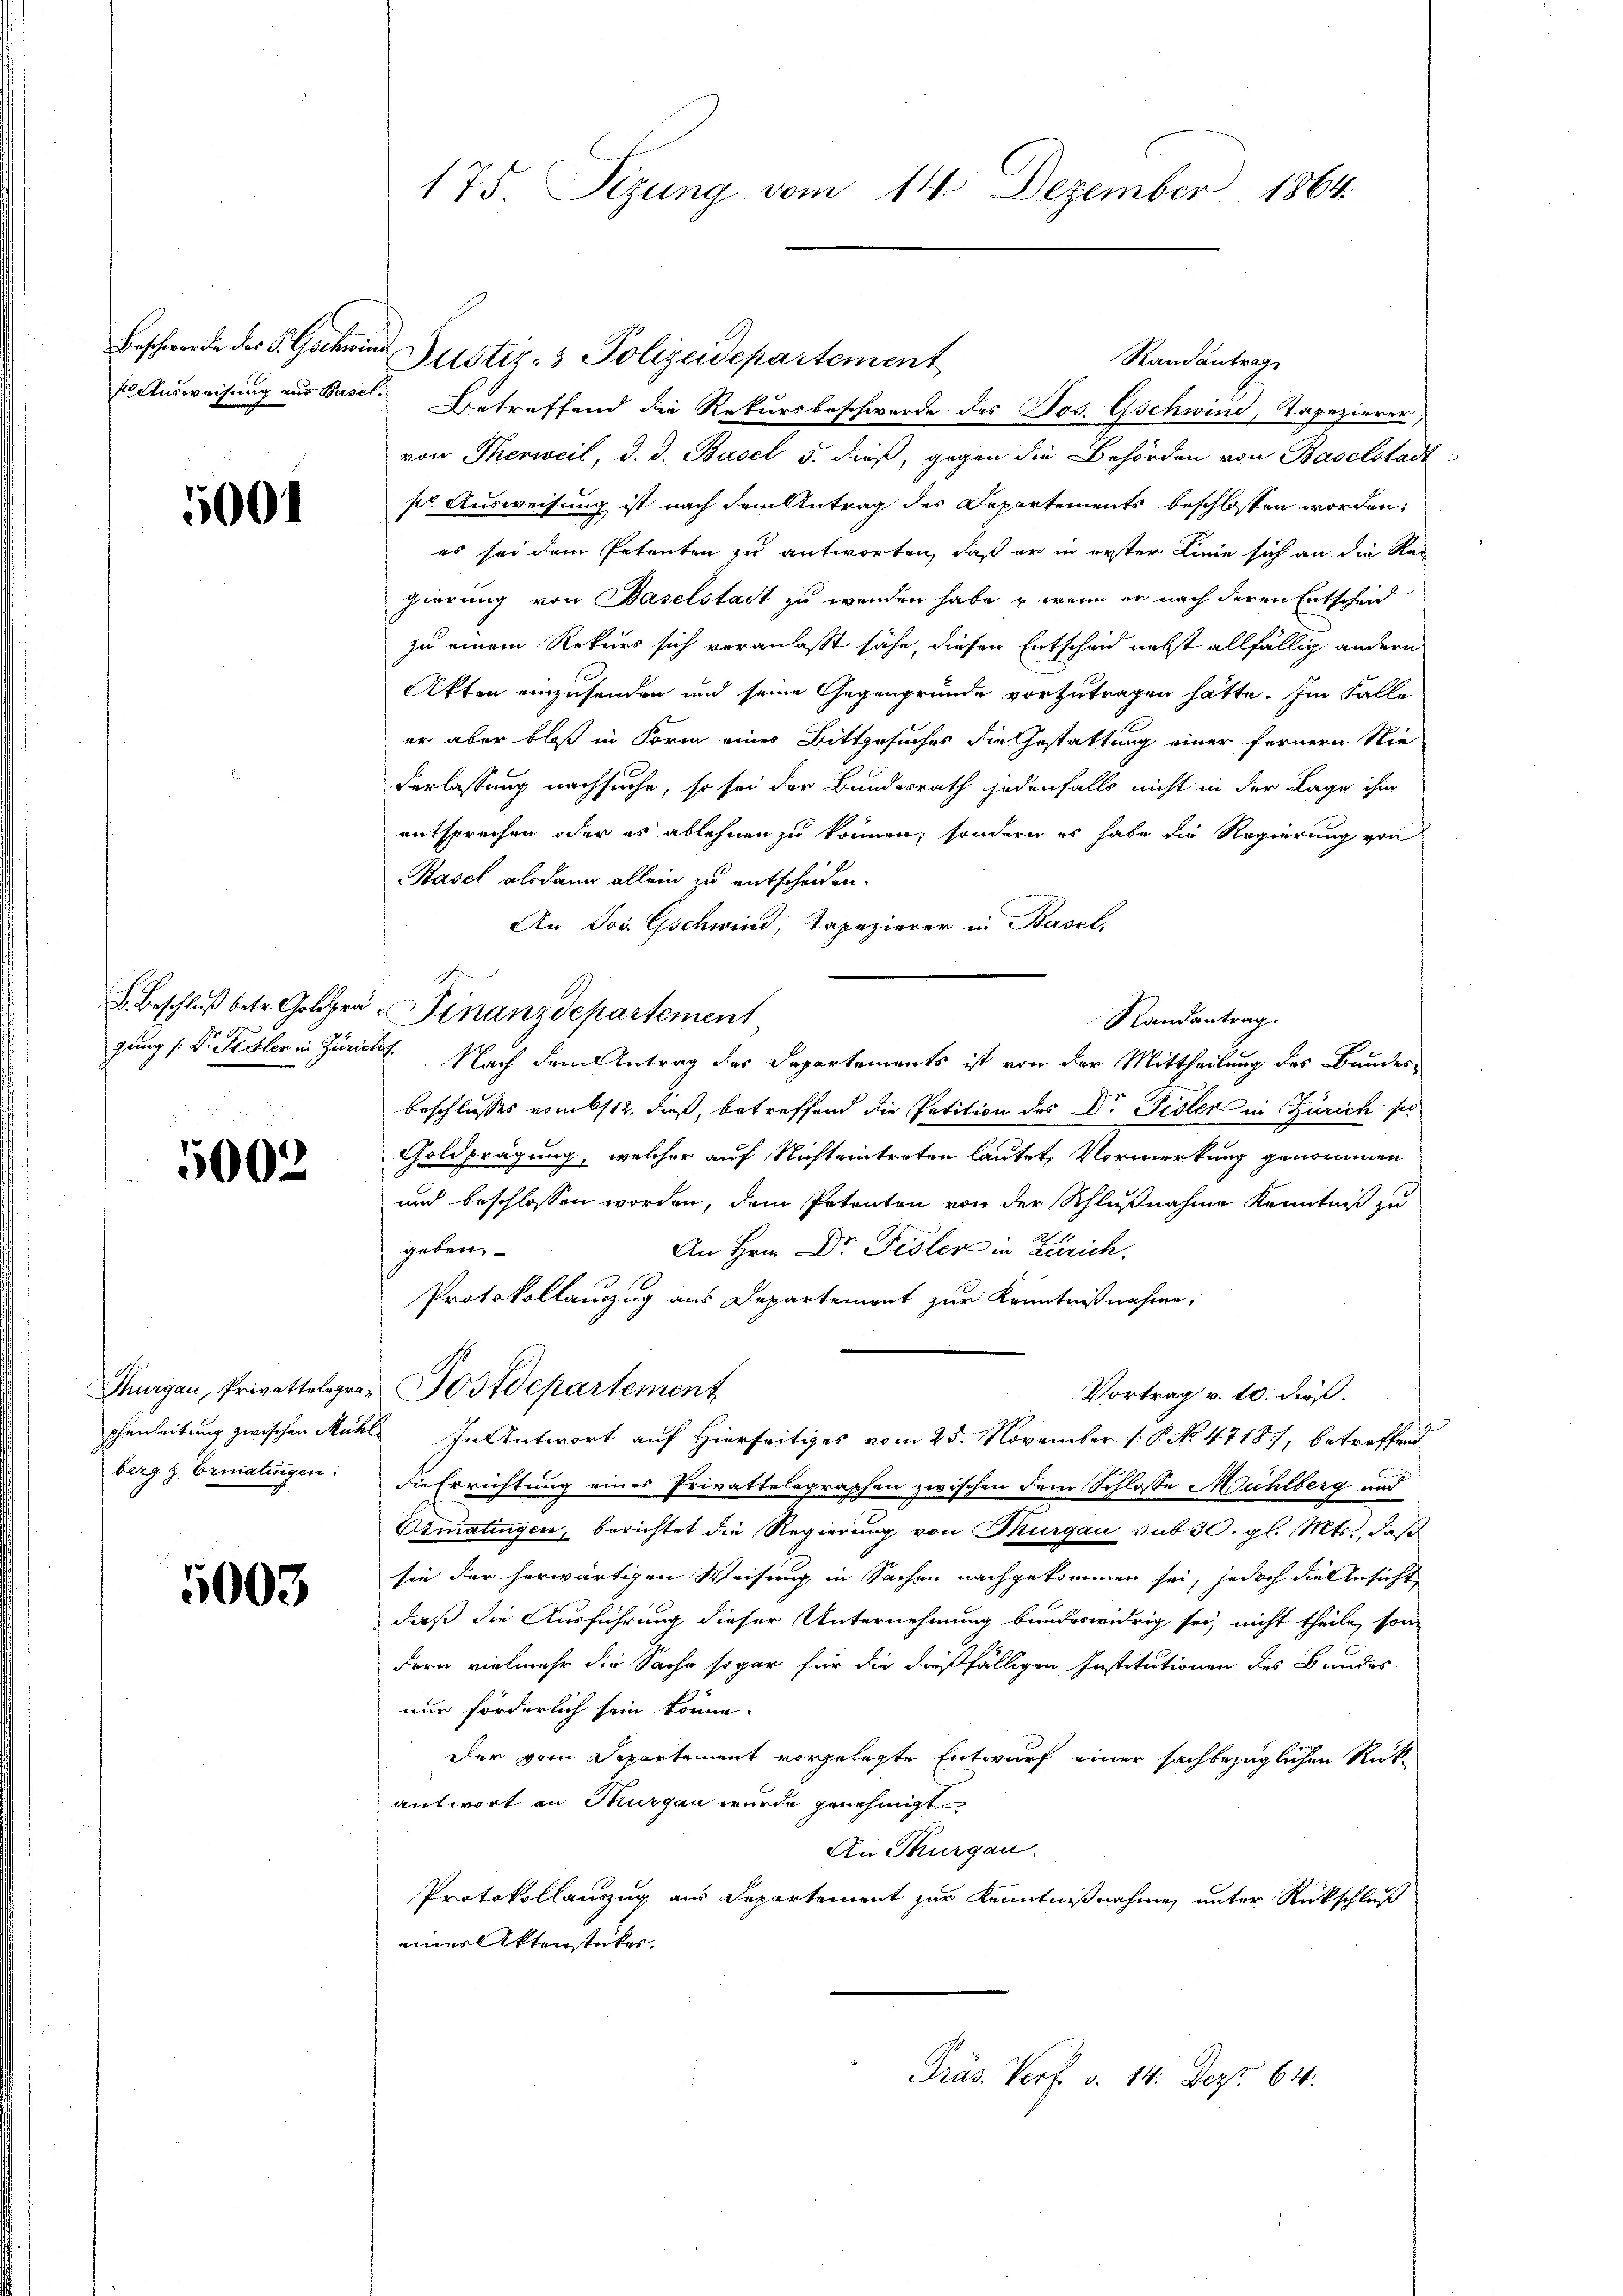
Beschwerde der S. Gothini

5001

5002

berg z. Ermatingen:

1003

175. Seizung vom 14. Dezember 1864

Justiz- & Polizeidepartement
s Ausweisung aus Basel. Betreffend die Rekursbeschwerde des Jos. Gschwind, Tapezierer
von Therweil, d. d. Basel 5. dieß, gegen die Behörden von Baselstadt-
pr. Ausweisung ist nach dem Antrag des Departements beschlossen worden:
es sei dem Petenten zu antworten, daß er in erster Linie sich an die Ra
gierung von Baselstadt zu werden habe, u wenn er nach deren Entscheid
zu einem Rekurs sich veranlaßt sähe, diesen Entscheid nebst allfällig andern
Akten einzusenden und seine Gegengründe vorzutragen hätte. Im Falle
er aber bloß in Form eines Bittgesuches die Gestattung einer fernern Nie-
Verlassung nachsuche, so sei der Bundesrath jedenfalls nicht in der Lage ihm
entsprechen oder es ablehnen zu können, sondern es habe die Regierung von
Basel alsdann allein zu entscheiden.
An Jos. Gschwind, Tapezierer in Basel,
Randantrag
gung s. Dr. Fessler in Zürich Nach dem Antrag des Departements ist von der Mittheilung des Bundes
beschlusses vom 6/12. dieß, betreffend die Petition des Dr. Pedler in Zürich se
Goldprägung, welcher auf Nichteintreten lautet, Vormerkung genommen
und beschlossen worden, dem Petenten von der Schlußnahme Kenntniß zu
geben.
An Hrn. Dr Fisler in Zürich.
Protokollauszug aus Departemont zur Kenntnißnahme.
Thurgau, Privattelegra Postdepartement
Vortrag v. 10. dieß.
phenleitung zwischen Mühl. In Antwort auf Hierseitiges vom 25. November P. No. 4718, betreffend
die Errichtung eines Privattelegraphen zwischen dem Schlosse Mühlberg und
Ormatingen, berichtet die Regierung von Thurgau sub 30. gl. Mts., daß
sie der herwärtigen Weisung in Sachen nachgekommen sei, jedoch die Ansicht
daß die Ausführung dieser Unternehmung bundeswidrig sei, nicht theile, sondern vielmehr die Sache sogar für die dießfälligen Institutionen des Bandes
nur förderlich sein könne.
Der vom Separtement vorgelegte Entwurf einer sachbezüglichen Rükantwort an Horgen wurde genehmigt
An Thurgau.
Protokollauszug aus Departement zur Kenntnißnahme, unter Rückschluß
iiliktenstücker,
Präs. Vorf. v. 14. Dez. 64.

wicht des
B. Beschluß betr. Golopra Finanzdepartement

Randantrag